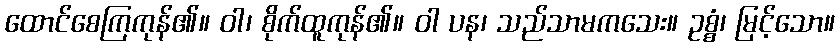
ထောင်စေကြကုန်၏။ ဝါ၊ စိုက်ထူကုန်၏။ ဝါ ပန၊ သည်သာမကသေး။ ဥစ္စံ၊ မြင့်သော။